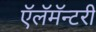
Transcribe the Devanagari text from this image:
ऍलॅमॅन्टरी